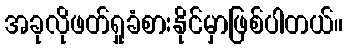
အခုလိုဖတ်ရှုခံစားနိုင်မှာဖြစ်ပါတယ်။